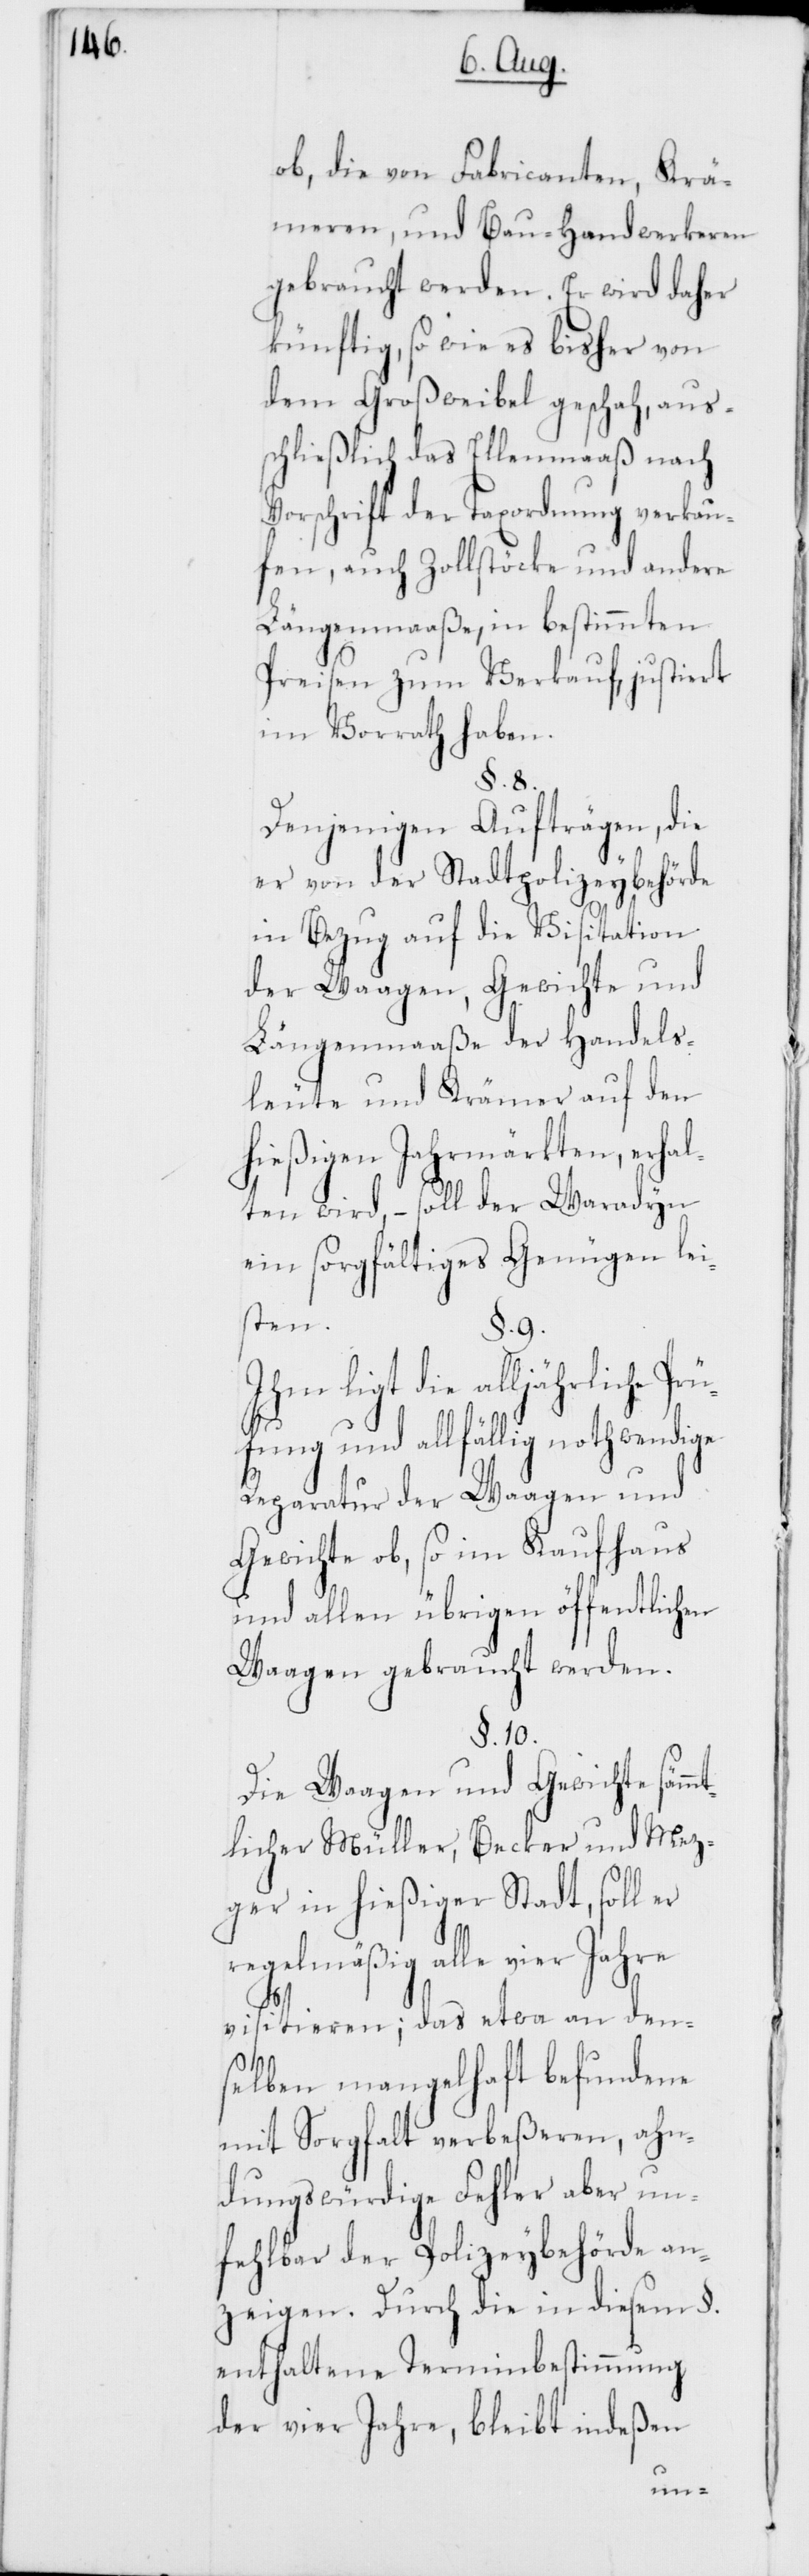
ob, die von Fabricanten, Krä¬
meren, und Bau-Handwerkeren
gebraucht werden. Er wird daher
künftig, so wie es bisher von
dem Großweibel geschah, aus¬
schließlich das Ellenmaaß nach
Vorschrift der Taxordnung verkau¬
fen, auch Zollstöcke und andere
Längenmaaße, in bestimmten
Preisen zum Verkauf, justiert
im Vorrath haben.
§. 8.
Denjenigen Aufträgen, die
er von der Stadtpolizeybehörde
in Bezug auf die Visitation
der Waagen, Gewichte und
Längenmaaße der Handels¬
leute und Krämer auf den
hießigen Jahrmärkten, erhal¬
ten wird, – soll der Waradyn
ein sorgfältiges Genügen lei¬
sten.
§. 9.
Ihm ligt die alljährliche Prü¬
fung und allfällig nothwendige
Reparatur der Waagen und
Gewichte ob, so im Kaufhaus
und allen übrigen öffentlichen
Waagen gebraucht werden.
§. 10.
Die Waagen und Gewichte sämmt¬
licher Müller, Becker [sic!] und Mez¬
ger in hießiger Stadt, soll er
regelmäßig alle vier Jahre
visitieren; das etwa an den¬
selben mangelhaft befundene
mit Sorgfalt verbeßeren, ahn¬
dungswürdige Fehler aber un¬
fehlbar der Polizeybehörde an¬
zeigen. Durch die in diesem §.
enthaltene Terminbestimmung
der vier Jahre, bleibt indeßen